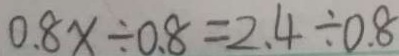
0 . 8 x \div 0 . 8 = 2 . 4 \div 0 . 8